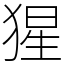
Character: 猩